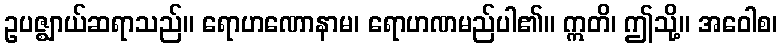
ဥပဇ္ဈာယ်ဆရာသည်။ ရောဟဏောနာမ၊ ရောဟဏမည်ပါ၏။ ဣတိ၊ ဤသို့။ အဝေါစ၊